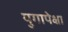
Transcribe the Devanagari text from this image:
युगापेक्षा